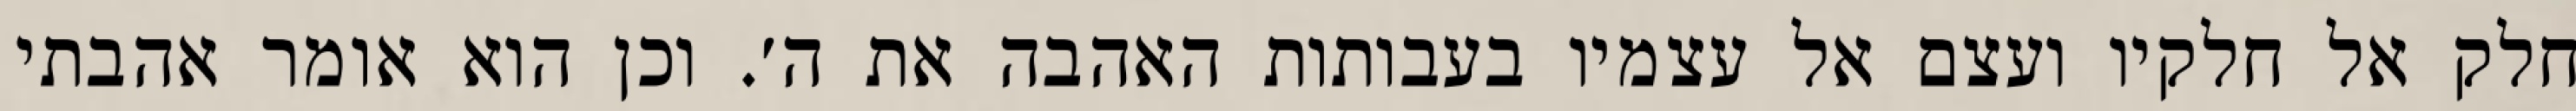
חלק אל חלקיו ועצם אל עצמיו בעבותות האהבה את ה׳. וכן הוא אומר אהבתי